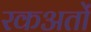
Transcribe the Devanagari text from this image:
रकअतों